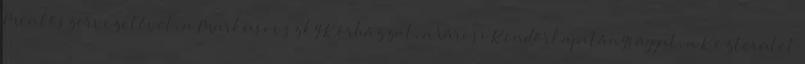
Mentőszervezetével, a Markusovszky Kórházzal, a Városi Rendőrkapitánysággal, a Közterület